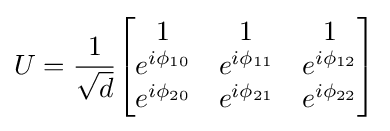
U={\frac {1}{\sqrt {d}}}{\begin{bmatrix}1&1&1\\e^{i\phi _{10}}&e^{i\phi _{11}}&e^{i\phi _{12}}\\e^{i\phi _{20}}&e^{i\phi _{21}}&e^{i\phi _{22}}\end{bmatrix}}